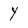
Character: Y